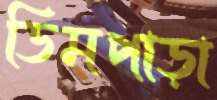
ডিমপাড়া